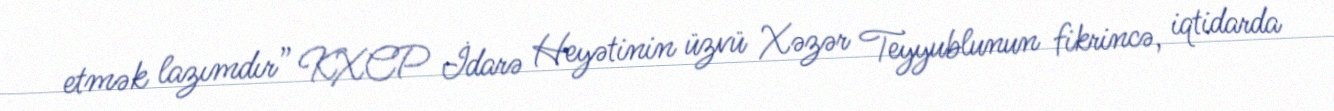
etmək lazımdır” KXCP İdarə Heyətinin üzvü Xəzər Teyyublunun fikrincə, iqtidarda